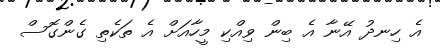
އެ ހިނދު އޭނާ އެ ބިން ވިއްކި މީހާއަށް އެ ތަކެތި ގެންގޮސް